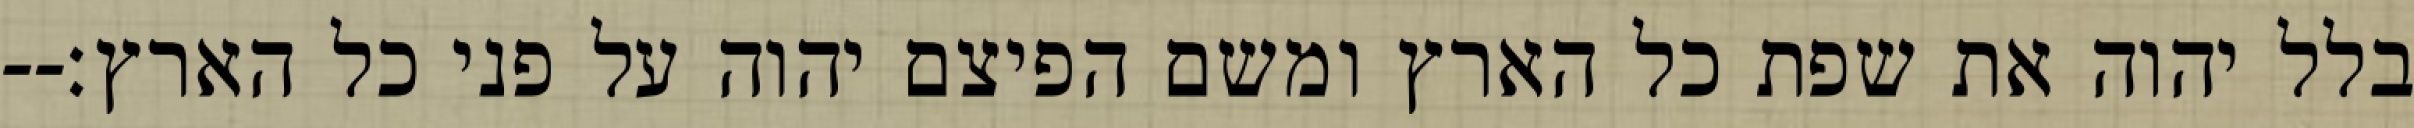
בלל יהוה את שפת כל הארץ ומשם הפיצם יהוה על פני כל הארץ׃--